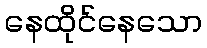
နေထိုင်နေသော